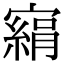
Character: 𡫂